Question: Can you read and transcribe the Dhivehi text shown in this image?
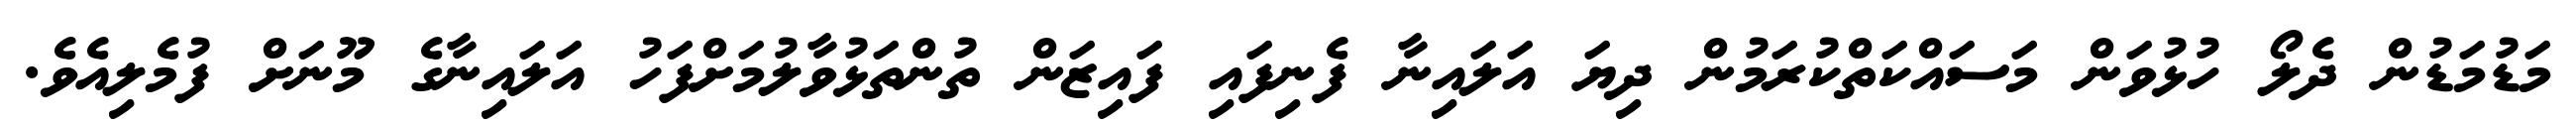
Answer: މަޑުމަޑުން ދެލޯ ހުޅުވަން މަސައްކަތްކުރަމުން ދިޔަ އަލައިނާ ފެނިފައި ފައިޒަން ތުންތަޅުވާލުމަށްފަހު އަލައިނާގެ މޫނަށް ފުމެލިއެވެ.